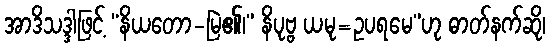
အာဒိသဒ္ဒါဖြင့် “နိယတော-မြဲ၏၊” နိပုဗ္ဗ ယမု=ဥပရမေ”ဟု ဓာတ်နက်ဆို၊